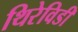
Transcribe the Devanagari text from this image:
थिरेविडी